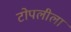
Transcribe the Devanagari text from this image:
टोपलीला